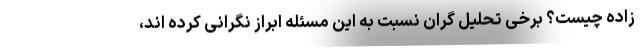
زاده چیست؟ برخی تحلیل گران نسبت به این مسئله ابراز نگرانی کرده اند،